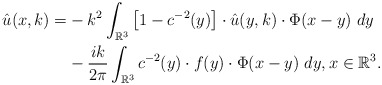
\begin{align*}\hat u(x, k)=& -k^2\int_{\mathbb{R}^3}\left[1-c^{-2}(y)\right]\cdot \hat{u}(y, k)\cdot\Phi(x-y)\ dy\\& -\frac{ik}{2\pi}\int_{\mathbb{R}^3} c^{-2}(y)\cdot f(y)\cdot \Phi(x-y)\ dy,x\in\mathbb{R}^3. \end{align*}